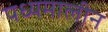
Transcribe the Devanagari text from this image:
पध्यमालीन